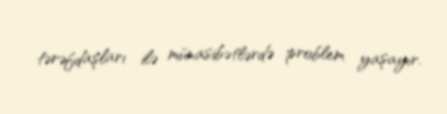
tərəfdaşları ilə münasibətlərdə problem yaşayır.